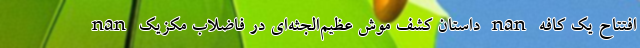
nan داستان کشف موش عظیم‌الجثه‌ای در فاضلاب مکزیک nan افتتاح یک کافه